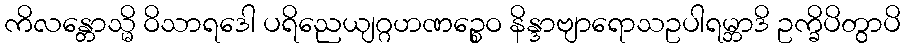
ကိလန္တောသ္မိ ဝိသာရဒေါ ပရိညေယျဂ္ဂဟဏဉ္စေဝ နိန္ဒာဗျာရောသဥပါရမ္ဘာဒိ ဥက္ခိပိတွာပိ